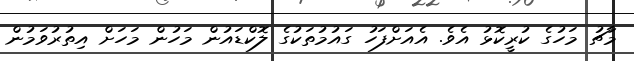
މާޗު މަހުގެ ކުރީކޮޅު އެވެ. އެއަށްފަހު ގައުމުތަކުގެ ލޮކްޑައުން މަހުން މަހަށް އިތުރުވަމުން